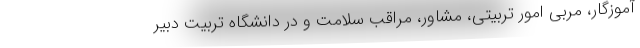
آموزگار، مربی امور تربیتی، مشاور، مراقب سلامت و در دانشگاه تربیت دبیر